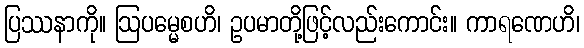
ပြဿနာကို။ ဩပမ္မေစဟိ၊ ဥပမာတို့ဖြင့်လည်းကောင်း။ ကာရဏေဟိ၊